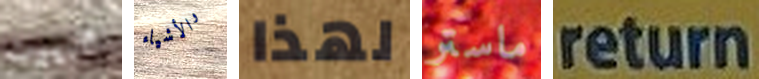
البيوت والأشياء لهذا ماستر return